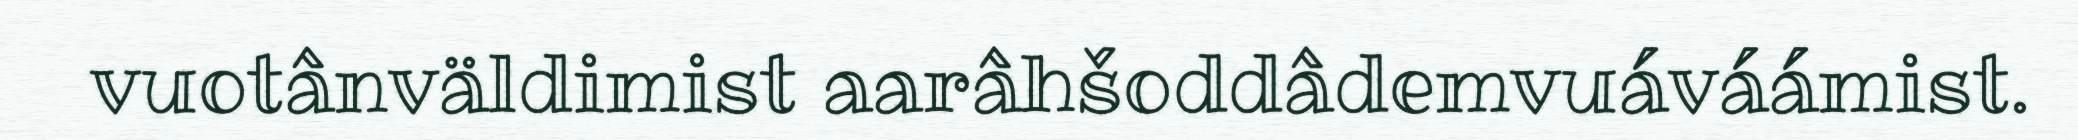
vuotânväldimist aarâhšoddâdemvuáváámist.